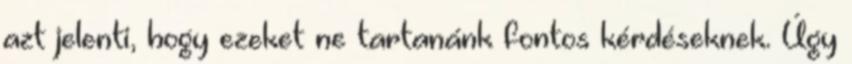
azt jelenti, hogy ezeket ne tartanánk fontos kérdéseknek. Úgy